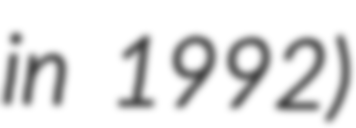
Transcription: in 1992)